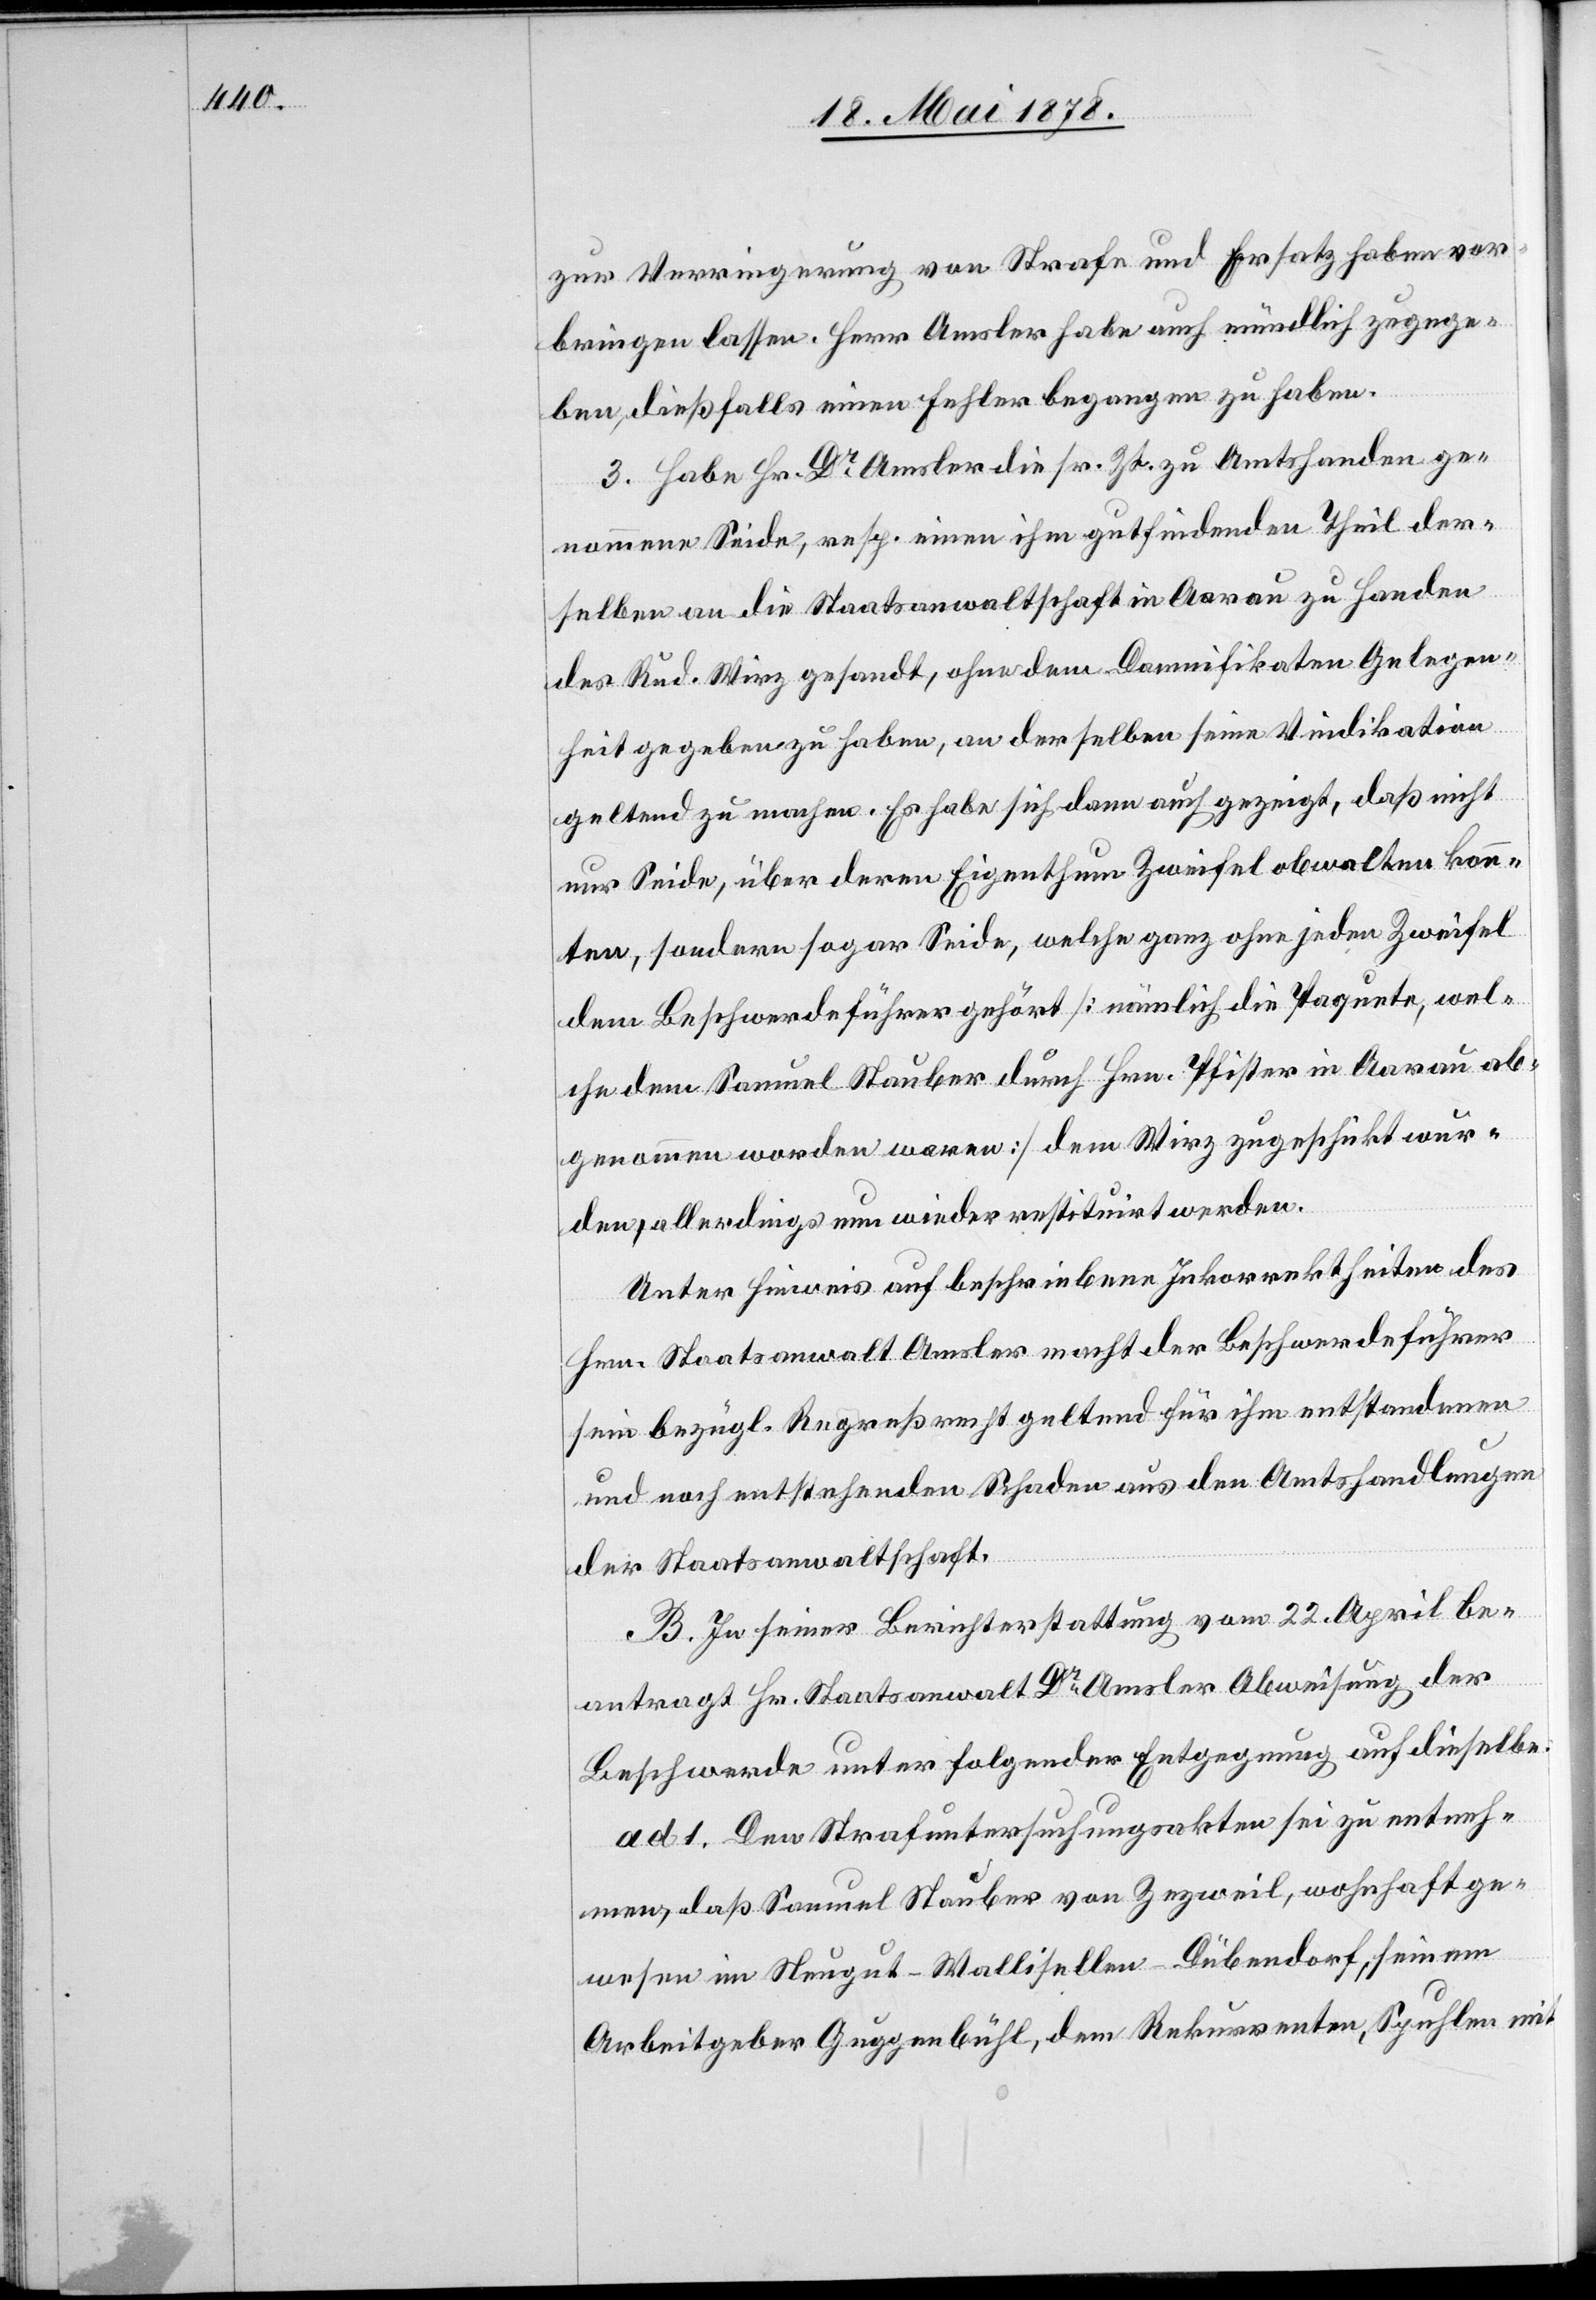
zur Verringerung von Strafe und Ersatz haben vor¬
bringen lassen. Herr Amsler habe auch mündlich zugege¬
ben, dießfalls einen Fehler begangen zu haben.
3. Habe Hr. Dr Amsler die sr. Zt. zu Amtshanden ge¬
nommene Seide, resp. einen ihm gutfindenden Theil der¬
selben an die Staatsanwaltschaft in Aarau zu Handen
des Rud. Wirz gesandt, ohne dem Damnifikaten Gelegen¬
heit gegeben zu haben, an derselben seine Vindikation
geltend zu machen. Es habe sich dann auch gezeigt, daß nicht
nur Seide, über deren Eigenthum Zweifel obwalten konn¬
ten, sodann sogar Seide, welche ganz ohne jeden Zweifel
dem Beschwerdeführer gehört [nämlich die Paquete, wel¬
che dem Samuel Stauber durch Hrn. Pfister in Aarau ab¬
genommen worden waren] dem Wirz zugeschickt wur¬
den, allerdings nun wieder restituirt werden.
Unter Hinweis auf beschriebene Inkorrektheiten des
Hrn. Staatsanwalt Amsler macht der Beschwerdeführer
sein bezügl. Regreßrecht geltend für ihm entstandenen
und noch entstehenden Schaden aus den Amtshandlungen
der Staatsanwaltschaft.
B. In seiner Berichterstattung vom 22. April be¬
antragt Hr. Staatsanwalt Dr Amsler Abweisung der
Beschwerde unter folgender Entgegnung auf dieselbe.
ad 1. Den Strafuntersuchungsakten sei zu entneh¬
men, daß Samuel Stauber von Zezweil, wohnhaft ge¬
wesen im Neugut - Wallisellen - Dübendorf, seinem
Arbeitgeber Guggenbühl, dem Rekurrenten, Spuhlen mit